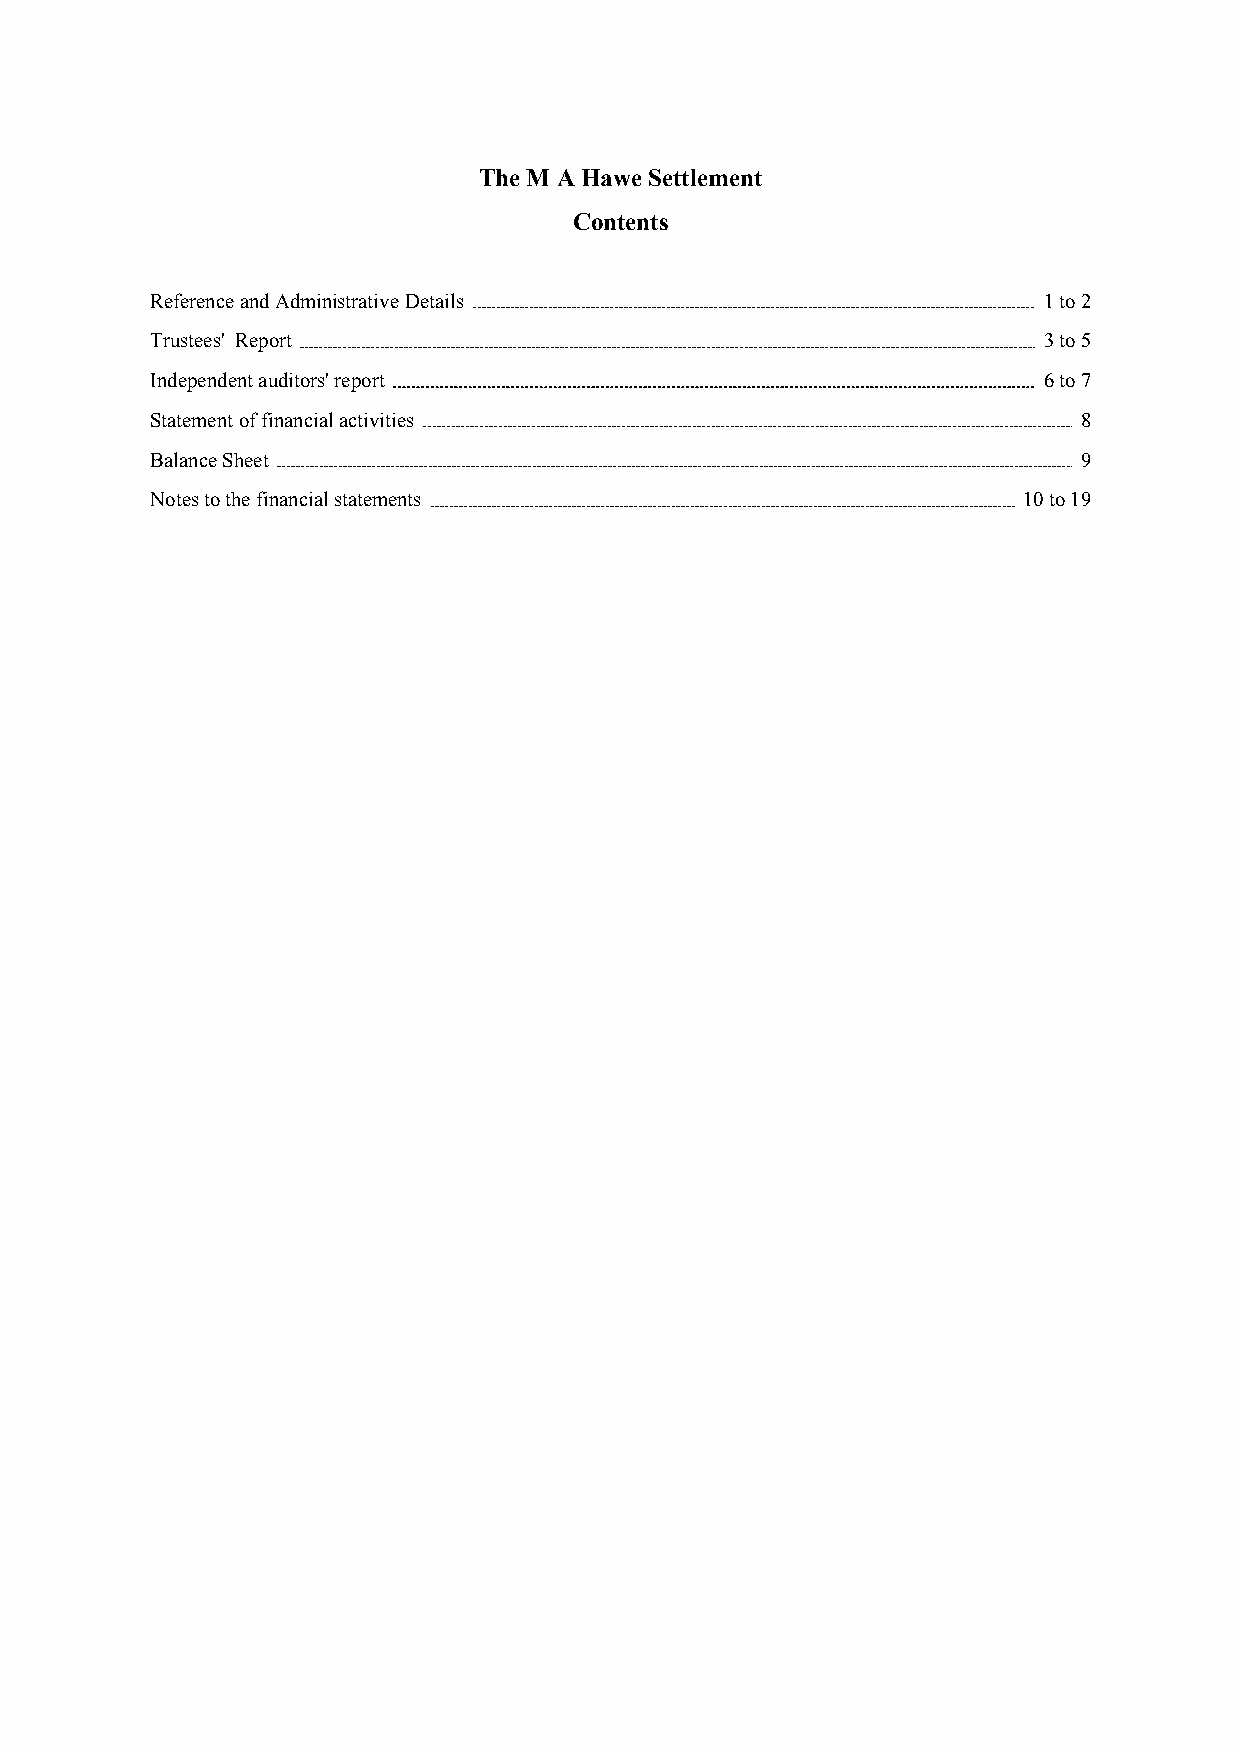
The M A Hawe Settlement
 Contents
 ReferenceandAdministrative Details                         1to2
 Trustees' Report                                           3to5
 Independentauditors'report                                 6to7
 Statementoffinancialactivities                                8
 BalanceSheet                                                  9
 Notes tothefinancialstatements                            10to19